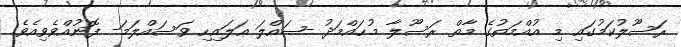
ރަސޫލުކަމުގައި މި އުއްމަތުގެ މާތް ރަސޫލާ މުޙައްމަދު -ޞައްލަ ޢަލައިހި ވަސައްލަމަ- ފޮނުއްވެވިއެވެ.